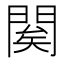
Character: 𨴱